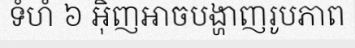
ទំហំ ៦ អ៊ិញអាចបង្ហាញរូបភាព